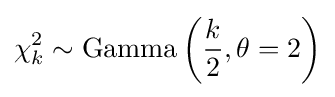
\chi _{k}^{2}\sim {\text{Gamma}}\left({\frac {k}{2}},\theta =2\right)